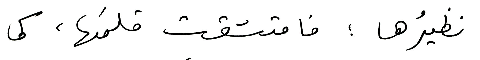
نظيرُها؛ فامتشقت قلمَها، كما